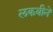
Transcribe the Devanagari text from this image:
लकबीने